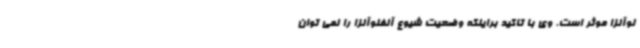
لوآنزا موثر است. وی با تاکید براینکه وضعیت شیوع آنفلوآنزا را نمی توان